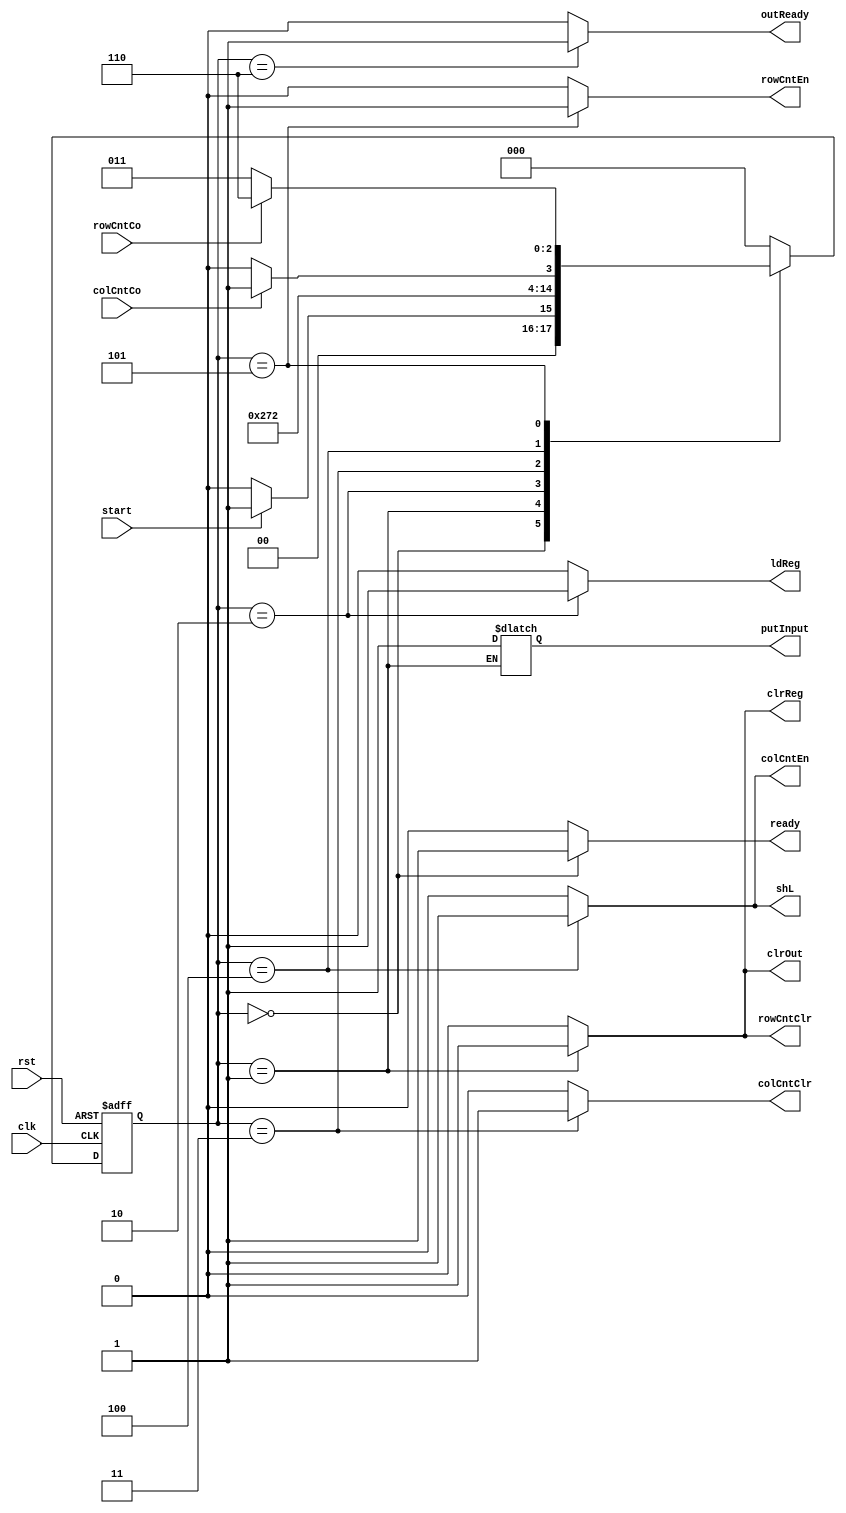
module RevaluateController (clk, rst, start, rowCntCo, colCntCo, ldReg, clrReg, rowCntClr,
                            rowCntEn, colCntClr, colCntEn, shL, clrOut, outReady, ready, putInput);
    localparam Idle     = 3'b000,
               Init     = 3'b001,
               Load     = 3'b010,
               StartRow = 3'b011,
               Calc     = 3'b100,
               EndRow   = 3'b101,
               Res      = 3'b110;

    input clk, rst, start, rowCntCo, colCntCo;
    output reg ldReg, clrReg, rowCntClr, rowCntEn, colCntClr, colCntEn, shL, clrOut, outReady, ready, putInput;

    reg [2:0] pstate, nstate;

    always @(pstate or start or putInput or rowCntCo or colCntCo) begin
        nstate = Idle;
        case (pstate)
            Idle:     nstate = start ? Init : Idle;
            Init:     nstate = Load;
            Load:     nstate = StartRow;
            StartRow: nstate = Calc;
            Calc:     nstate = colCntCo ? EndRow : Calc;
            EndRow:   nstate = rowCntCo ? Res : StartRow;
            Res:      nstate = Idle;
            default:;
        endcase
    end

    always @(pstate) begin
        {ldReg, clrReg, rowCntClr, rowCntEn, colCntClr, colCntEn, shL, clrOut, outReady, ready} = 10'd0;
        case (pstate)
            Idle:     ready = 1'b1;
            Init:     {clrReg, rowCntClr, clrOut, putInput} = 4'b1111;
            Load:     ldReg = 1'b1;
            StartRow: colCntClr = 1'b1;
            Calc:     {shL, colCntEn} = 2'b11;
            EndRow:   rowCntEn = 1'b1;
            Res:      outReady = 1'b1;
            default:;
        endcase
    end

    always @(posedge clk or posedge rst) begin
        if (rst)
            pstate <= Idle;
        else
            pstate <= nstate;
    end
endmodule